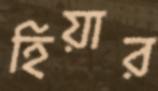
হিয়ার